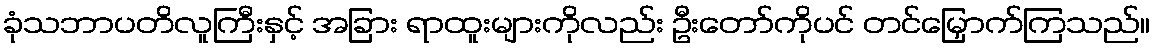
ခုံသဘာပတိလူကြီးနှင့် အခြား ရာထူးများကိုလည်း ဦးတော်ကိုပင် တင်မြှောက်ကြသည်။